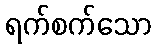
ရက်စက်သော